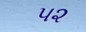
પ૨